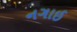
નગાઈ